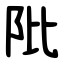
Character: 阰